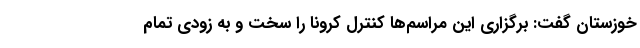
خوزستان گفت: برگزاری این مراسم‌ها کنترل کرونا را سخت و به زودی تمام